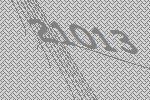
21013